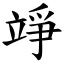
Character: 竫